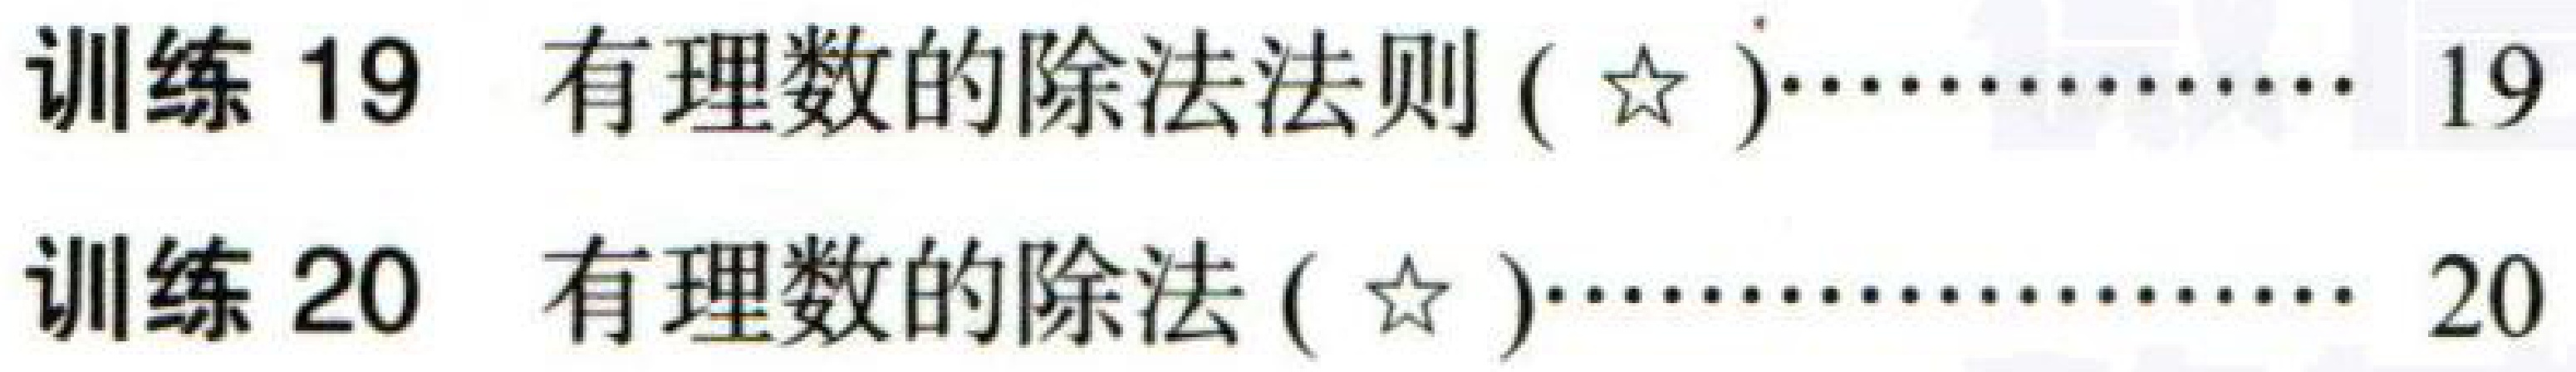
训练 19 有理数的除法法则 (☆)………… 19

训练 20 有理数的除法 (☆)…………………… 20